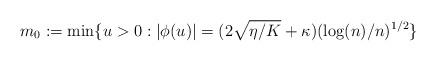
LaTeX: \begin{align*}m_0:= \min \{u>0: |{\phi}(u)| = (2 \sqrt{\eta /K } +\kappa ) (\log(n)/ n)^{1/2} \}\end{align*}